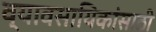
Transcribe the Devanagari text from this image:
व्यावसायिकांसाठी